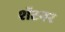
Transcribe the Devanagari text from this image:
शॅटनर